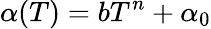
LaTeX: \alpha(T)=bT^{n}+\alpha_{0}